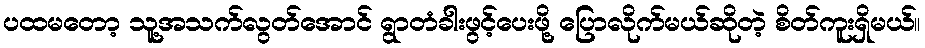
ပထမတော့ သူ့အသက်လွတ်အောင် ရွာတံခါးဖွင့်ပေးဖို့ ပြောလိုက်မယ်ဆိုတဲ့ စိတ်ကူးရှိမယ်။